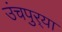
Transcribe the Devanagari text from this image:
उंचपुर्‍या